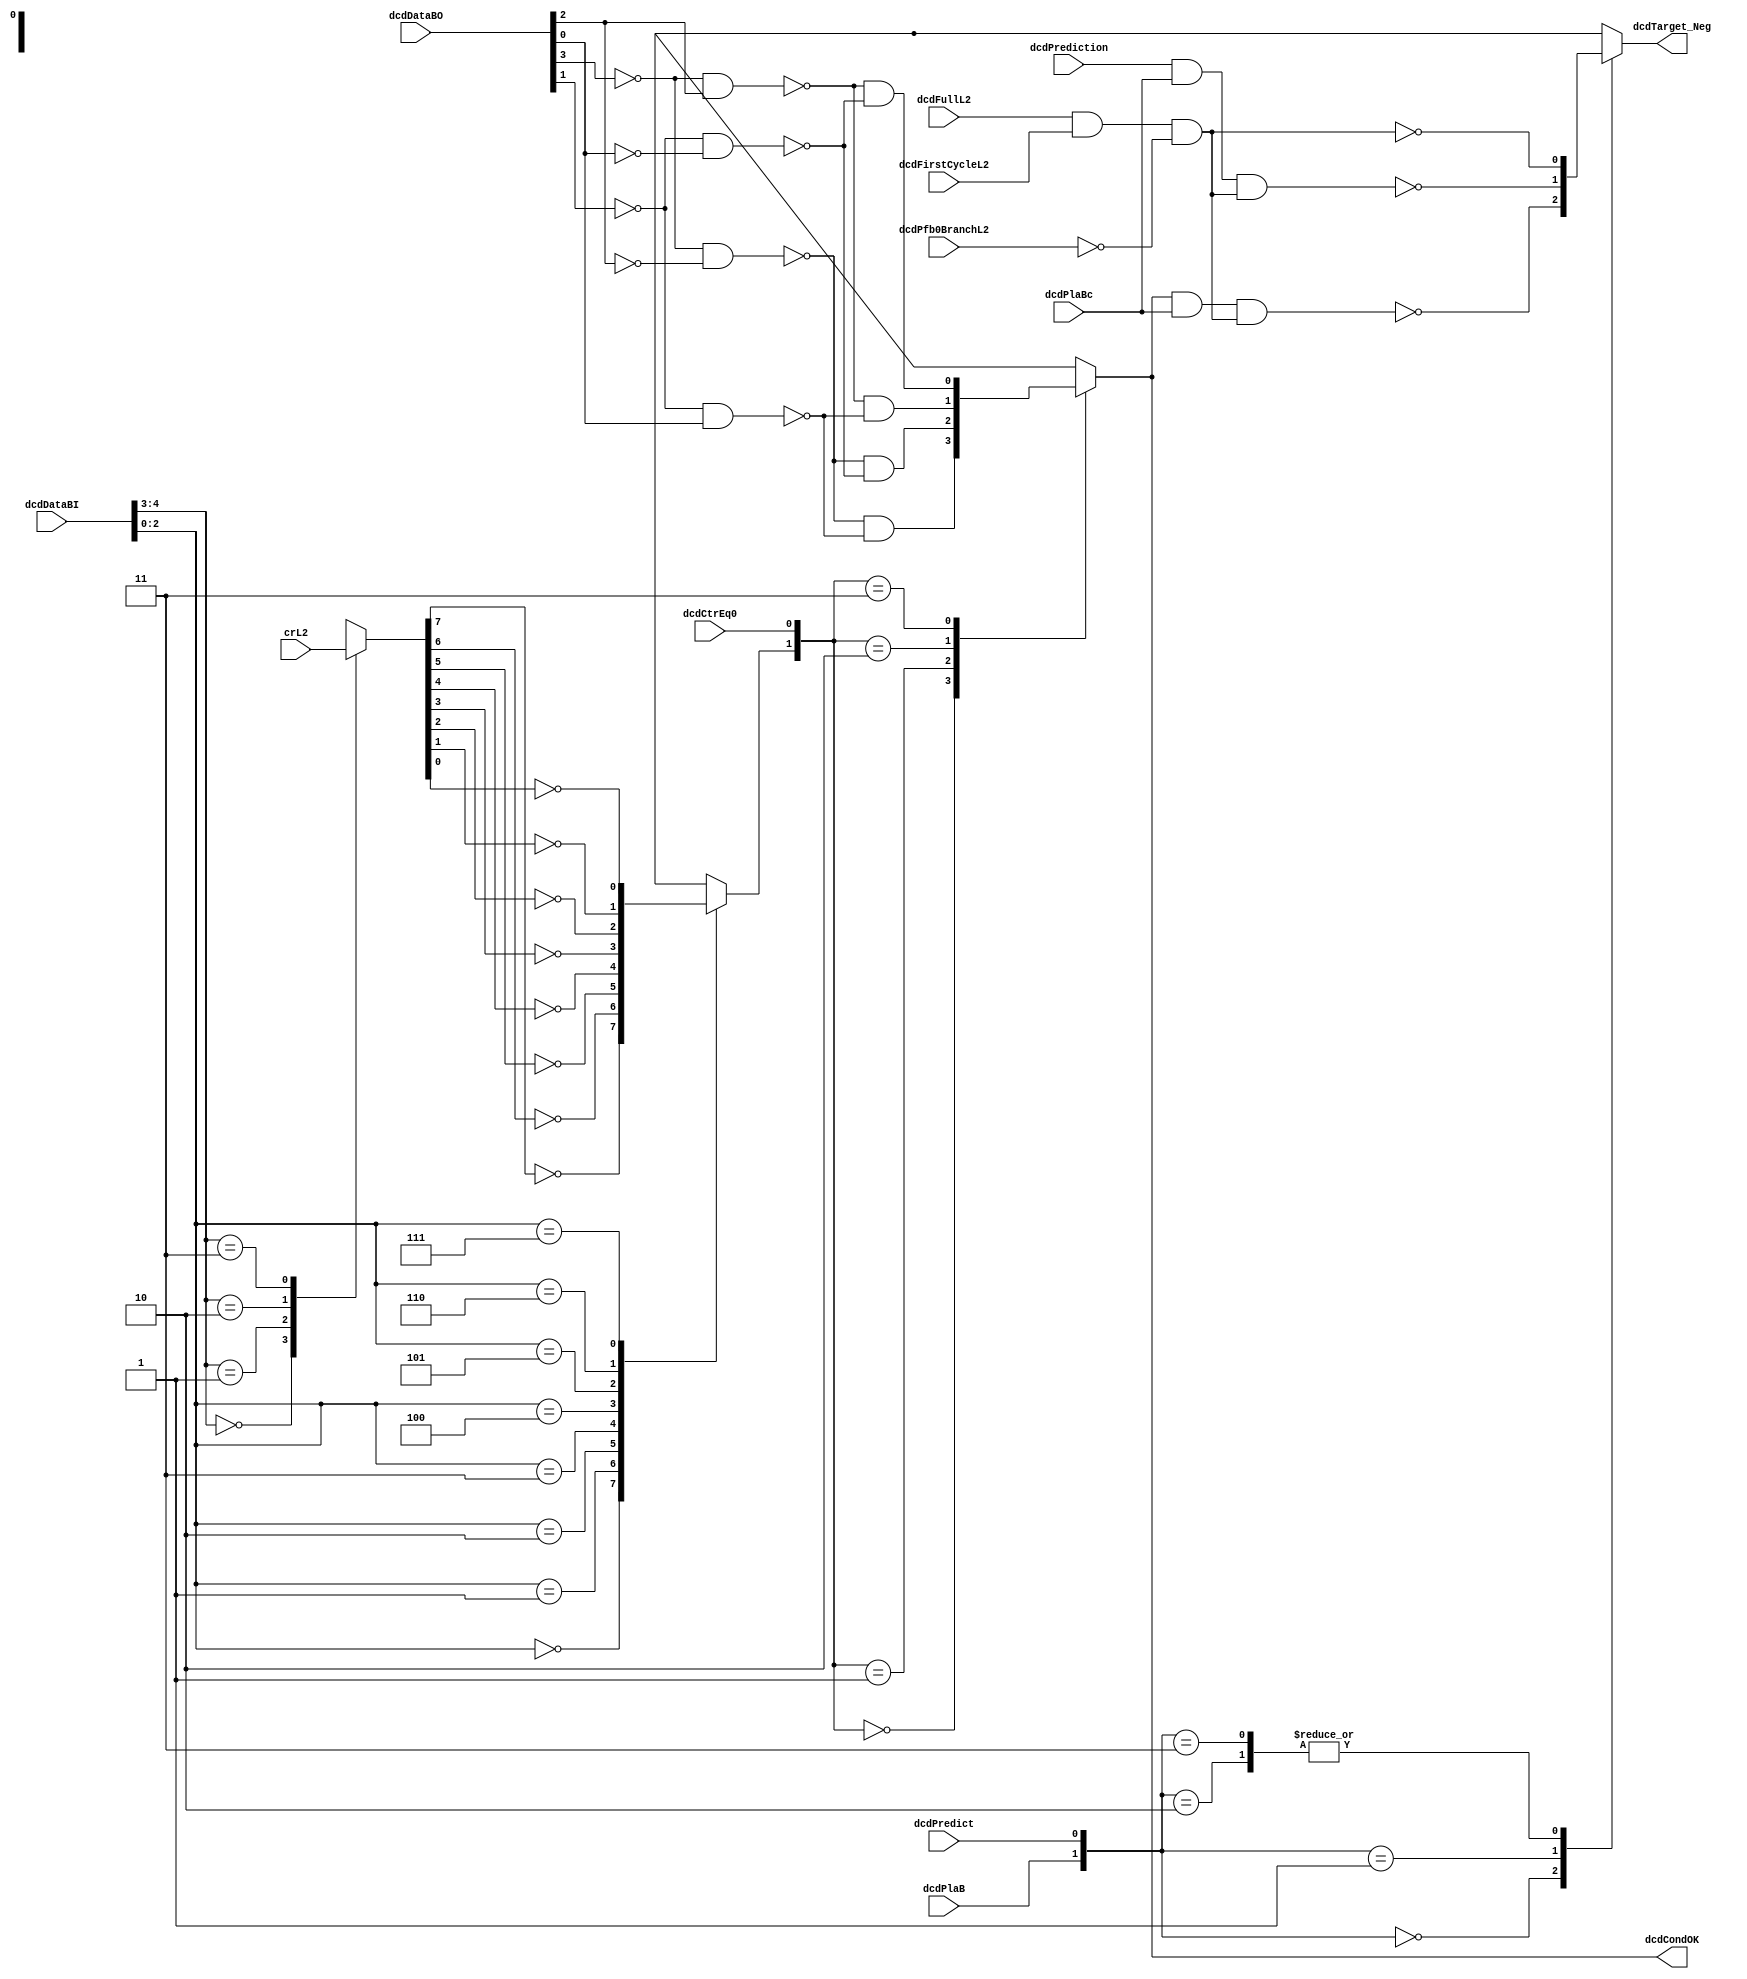
// 
// ************************************************************************** 
// 
//  Copyright (c) International Business Machines Corporation, 2005. 
// 
//  This file contains trade secrets and other proprietary and confidential 
//  information of International Business Machines Corporation which are 
//  protected by copyright and other intellectual property rights and shall 
//  not be reproduced, transferred to other documents, disclosed to others, 
//  or used for any purpose except as specifically authorized in writing by 
//  International Business Machines Corporation. This notice must be 
//  contained as part of this text at all times. 
// 
// ************************************************************************** 
//

module p405s_dcdBrCondFlow( dcdCondOK, dcdTarget_Neg, crL2, dcdCtrEq0, dcdDataBI,
     dcdDataBO, dcdFirstCycleL2, dcdFullL2, dcdPfb0BranchL2, dcdPlaB, dcdPlaBc,
     dcdPredict, dcdPrediction );

output  dcdCondOK, dcdTarget_Neg;

input  dcdCtrEq0, dcdFirstCycleL2, dcdFullL2, dcdPfb0BranchL2, dcdPlaB, dcdPlaBc, dcdPredict,
     dcdPrediction;
input [0:31]  crL2;
input [0:4]  dcdDataBI;
input [0:3]  dcdDataBO;

// Buses in the design
reg  [0:7]  crBitStage1;
wire dcdCondOK_int;


assign dcdCondOK = dcdCondOK_int;

   // Replacing instantiation: NAND3 I30
   wire symNet196;
   wire symNet188;
   assign symNet188 = ~( dcdPrediction & dcdPlaBc & symNet196 );

   // Replacing instantiation: NAND3 I29
   wire symNet198;
   assign symNet198 = ~( dcdCondOK_int & dcdPlaBc & symNet196 );

   // Replacing instantiation: NAND2 I36
   wire cr0ctr1_Neg;
   wire ctrCmp1;
   wire crCmp0;
   assign cr0ctr1_Neg = ~( crCmp0 & ctrCmp1 );

   // Replacing instantiation: NAND2 I35
   wire cr1ctr0_Neg;
   wire ctrCmp0;
   wire crCmp1;
   assign cr1ctr0_Neg = ~( crCmp1 & ctrCmp0 );

   // Replacing instantiation: NAND2 I34
   wire cr1ctr1_Neg;
   assign cr1ctr1_Neg = ~( crCmp1 & ctrCmp1 );

   // Replacing instantiation: NAND2 I37
   wire cr0ctr0_Neg;
   assign cr0ctr0_Neg = ~( crCmp0 & ctrCmp0 );

   // Replacing instantiation: NAND2 I41
   wire dcdDataB0_0_Neg;
   assign crCmp0 = ~( dcdDataB0_0_Neg & dcdDataBO[1] );

   // Replacing instantiation: NAND2 I39
   wire dcdDataB0_2_Neg;
   wire dcdDataBO_3_Neg;
   assign ctrCmp0 = ~( dcdDataB0_2_Neg & dcdDataBO_3_Neg );

   // Replacing instantiation: NAND2 I38
   assign ctrCmp1 = ~( dcdDataB0_2_Neg & dcdDataBO[3] );

   // Replacing instantiation: NAND2 I40
   wire dcdDataBO_1_Neg;
   assign crCmp1 = ~( dcdDataB0_0_Neg & dcdDataBO_1_Neg );

   // Replacing instantiation: INVERT I49
   wire symNet136;
   assign symNet136 = ~(symNet196);

   // Replacing instantiation: INVERT I43
   wire cr1ctr0;
   assign cr1ctr0 = ~(cr1ctr0_Neg);

   // Replacing instantiation: INVERT I42
   wire cr1ctr1;
   assign cr1ctr1 = ~(cr1ctr1_Neg);

   // Replacing instantiation: INVERT I45
   wire cr0ctr0;
   assign cr0ctr0 = ~(cr0ctr0_Neg);

   // Replacing instantiation: INVERT I44
   wire cr0ctr1;
   assign cr0ctr1 = ~(cr0ctr1_Neg);

   // Replacing instantiation: MUX41 condOk
   reg crBit_Neg;
   reg condOk_muxOut;
   wire condOk_SD1,condOk_SD2; 
   wire condOk_D0,condOk_D1,condOk_D2,condOk_D3; 
   assign dcdCondOK_int = condOk_muxOut;       
   assign condOk_SD1 = crBit_Neg;       
   assign condOk_SD2 = dcdCtrEq0;       
   assign condOk_D0 = cr1ctr1;         
   assign condOk_D1 = cr1ctr0;         
   assign condOk_D2 = cr0ctr1;         
   assign condOk_D3 = cr0ctr0;         
                                               
   always @(condOk_SD1 or condOk_SD2 or condOk_D0 or condOk_D1 or  
            condOk_D2 or condOk_D3)  	    
    begin 					    
    case({condOk_SD1,condOk_SD2})    	
     2'b00: condOk_muxOut = condOk_D0;    
     2'b01: condOk_muxOut = condOk_D1;    
     2'b10: condOk_muxOut = condOk_D2;    
     2'b11: condOk_muxOut = condOk_D3;    
      default: condOk_muxOut = 1'bx;        
    endcase                                    
   end                                         

   // Replacing instantiation: MUX41 target
   reg target_muxOut;
   wire target_SD1,target_SD2; 
   wire target_D0,target_D1,target_D2,target_D3; 
   assign dcdTarget_Neg = target_muxOut;       
   assign target_SD1 = dcdPlaB;       
   assign target_SD2 = dcdPredict;       
   assign target_D0 = symNet198;         
   assign target_D1 = symNet188;         
   assign target_D2 = symNet136;         
   assign target_D3 = symNet136;         
                                               
   always @(target_SD1 or target_SD2 or target_D0 or target_D1 or  
            target_D2 or target_D3)  	    
    begin 					    
    case({target_SD1,target_SD2})    	
     2'b00: target_muxOut = target_D0;    
     2'b01: target_muxOut = target_D1;    
     2'b10: target_muxOut = target_D2;    
     2'b11: target_muxOut = target_D3;    
//      default: target_muxOut = 1'bx;        
//
//   The default state going to X is wrong, per the
//   primative.  Talking to John Kuhns, Terry Bowness, 
//   and using Arul's solution, I changed it to go to
//   the same state as one of the inputs.  This matches
//   primative.   NOTE- I only changed this mux.  Others
//   may need to be changed.   --chrism
      default: target_muxOut = target_D0;        
    endcase                                    
   end                                         

   // Replacing instantiation: AND3 I28
   wire dcdPfb0BranchL2_Neg;
   assign symNet196 = dcdFullL2 & dcdFirstCycleL2 & dcdPfb0BranchL2_Neg;

   // Replacing instantiation: INVERT I48
   assign dcdDataBO_3_Neg = ~(dcdDataBO[3]);

   // Replacing instantiation: INVERT I17
   assign dcdDataBO_1_Neg = ~(dcdDataBO[1]);

   // Replacing instantiation: INVERT I27
   assign dcdPfb0BranchL2_Neg = ~(dcdPfb0BranchL2);

   // Replacing instantiation: INVERT I46
   assign dcdDataB0_0_Neg = ~(dcdDataBO[0]);

   // Replacing instantiation: INVERT I47
   assign dcdDataB0_2_Neg = ~(dcdDataBO[2]);

   //Removed the module 'dp_muxIFB_dcdBrCrBit2' 
   always @(crBitStage1 or dcdDataBI)
     case(dcdDataBI[2:4])
       3'b000: crBit_Neg = ~crBitStage1[0];
       3'b001: crBit_Neg = ~crBitStage1[1];
       3'b010: crBit_Neg = ~crBitStage1[2];
       3'b011: crBit_Neg = ~crBitStage1[3];
       3'b100: crBit_Neg = ~crBitStage1[4];
       3'b101: crBit_Neg = ~crBitStage1[5];
       3'b110: crBit_Neg = ~crBitStage1[6];
       3'b111: crBit_Neg = ~crBitStage1[7];
       default: crBit_Neg = 1'bx;
     endcase

   //Removed the module 'dp_muxIFB_dcdBrCrBit1' 
   always @(crL2 or dcdDataBI or dcdDataBI)
     case(dcdDataBI[0:1])
       2'b00: crBitStage1 = crL2[0:7];
       2'b01: crBitStage1 = crL2[8:15];
       2'b10: crBitStage1 = crL2[16:23];
       2'b11: crBitStage1 = crL2[24:31];
       default: crBitStage1 = 8'bx;
     endcase

endmodule